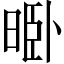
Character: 𱢊